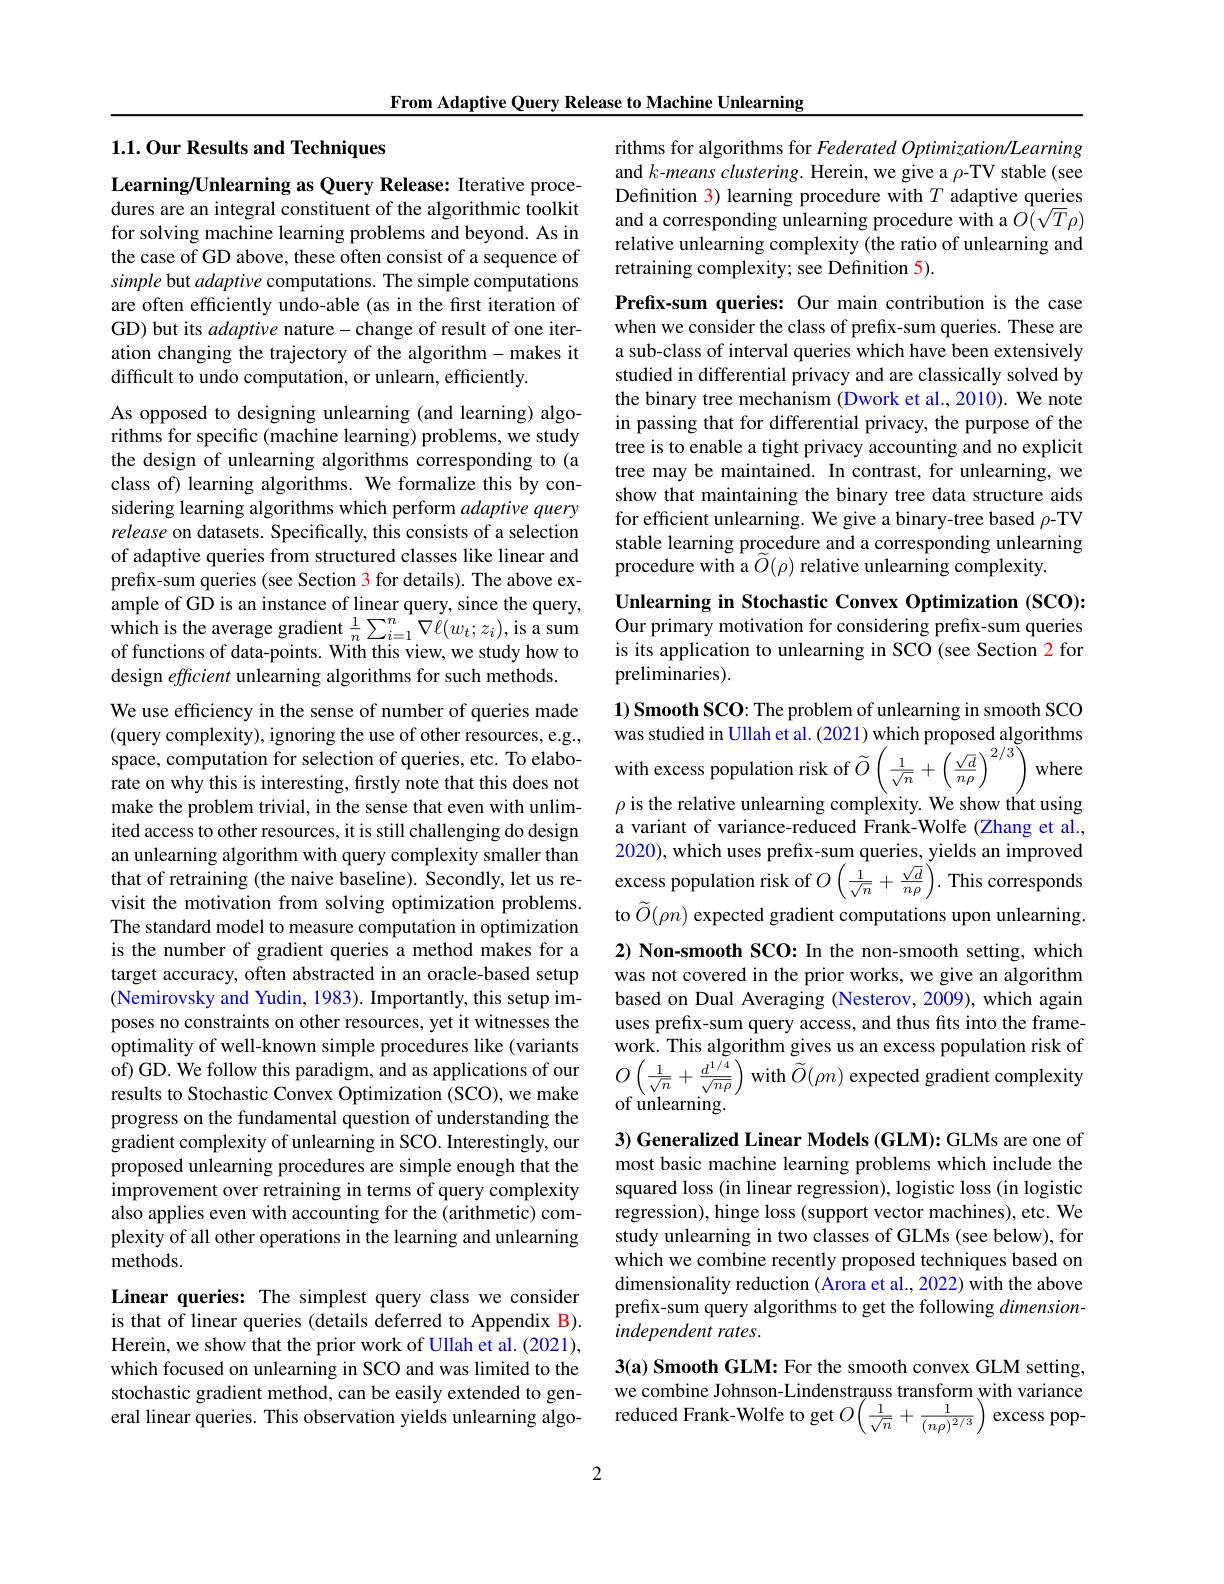
From Adaptive Query Release to Machine Unlearning

## 1.1. Our Results and Techniques

Learning/Unlearning as Query Release: Iterative procedures are an integral constituent of the algorithmic toolkit for solving machine learning problems and beyond. As in the case of GD above, these often consist of a sequence of simple but adaptive computations. The simple computations are often efficiently undo-able (as in the first iteration of GD) but its adaptive nature- change of result of one iteration changing the trajectory of the algorithm- makes it difficult to undo computation, or unlearn, efficiently.

As opposed to designing unlearning (and learning) algorithms for specific (machine learning) problems, we study the design of unlearning algorithms corresponding to (a class of) learning algorithms. We formalize this by considering learning algorithms which perform adaptive query release on datasets. Specifically, this consists of a selection of adaptive queries from structured classes like linear and prefix-sum queries (see Section 3 for details). The above example of GD is an instance of linear query, since the query, which is the average gradient $\frac1n\sum_{i=1}^{n}\nabla\ell(w_{t};z_{i})$,is a sum of functions of data-points. With this view, we study how to design efficient unlearning algorithms for such methods.
We use efficiency in the sense of number of queries made
make the problem trivial, in the sense that even with unlimited access to other resources, it is still challenging do design an unlearning algorithm with query complexity smaller than ant unleanng aigollmin whu quely coniplexnty sinlale tuan 200, wincinen preco, onin qucice, onin qucice, ontiprove that of retraining (the naive baseline). Secondly, let us re- excess population risk of $O\left(\frac1{\sqrt{n}}+\frac{\sqrt{d}}{n\rho}\right).$ This corresponds
visit the motivation from solving optimization problems. The standard model to measure computation in optimization is the number of gradient queries a method makes for a target accuracy, often abstracted in an oracle-based setup (Nemirovsky and Yudin, 1983). Importantly, this setup imposes no constraints on other resources, yet it witnesses the optimality of well-known simple procedures ilke (variants work. This algorithm gives us an excess population risk of of GD. We follow this paradigm, and as applications of our $O\left(\frac1{\sqrt{n}}+\frac{d^{1/4}}{\sqrt{n\rho}}\right)$ with $\widetilde{O}(\rho n)$ expected gradient complex
progress on the fundamental question of understanding the gradient complexity of unlearning in SCO. Interestingly, our proposed unlearning procedures are simple enough that the improvement over retraining in terms of query complexity also applies even with accounting for the (arithmetic) complexity of all other operations in the learning and unlearning methods.
Linear queries: The simplest query class we consider is that of linear queries (details deferred to Appendix B). Herein, we show that the prior work of Ullah et al. (2021), which focused on unlearning in SCO and was limited to the stochastic gradient method, can be easily extended to gen-

2

rithms for algorithms for Federated Optimization/Learning and k-means clustering. Herein, we give a $\rho$-TV stable (see Definition 3) learning procedure with $T$ adaptive queries and a corresponding unlearning procedure with a $O(\sqrt T\rho)$ relative unlearning complexity (the ratio of unlearning and retraining complexity; see Definition 5)

Prefix-sum queries: Our main contribution is the case when we consider the class of prefix-sum queries. These are a sub-class of interval queries which have been extensively studied in differential privacy and are classically solved by the binary tree mechanism (Dwork et al., 2010). We note in passing that for differential privacy, the purpose of the tree is to enable a tight privacy accounting and no explicit tree may be maintained. In contrast, for unlearning, we show that maintaining the binary tree data structure aids for efficient unlearning. We give a binary-tree based $\rho$-TV stable learning procedure and a corresponding unlearning procedure with a $\widetilde{O}(\rho)$ relative unlearning complexity.

Unlearning in Stochastic Convex Optimization (SCO): Our primary motivation for considering prefix-sum queries is its application to unlearning in SCO (see Section 2 for preliminaries).

1) Smooth SCO: The problem of unlearning in smooth SCO $\rho$ is the relative unlearning complexity. We show that using a variant of variance-reduced Frank-Wolfe (Zhang et al., 2020), which uses prefix-sum queries, yields an improved to $\widetilde O(\rho n)$ expected gradient computations upon unlearning. 2) Non-smooth SCO: In the non-smooth setting, which was not covered in the prior works, we give an algorithm based on Dual Averaging (Nesterov, 2009), which again uses prefix-sum query access, and thus fits into the frame- 3) Generalized Linear Models (GLM): GLMs are one of most basic machine learning problems which include the squared loss (in linear regression), logistic loss (in logistic regression), hinge loss (support vector machines), etc. We study unlearning in two classes of GLMs (see below), for which we combine recently proposed techniques based on dimensionality reduction (Arora et al., 2022) with the above prefix-sum query algorithms to get the following dimensionindependent rates.
3(a) Smooth GLM: For the smooth convex GLM setting, we combine Johnson-Lindenstrauss transform with variance
socinate gratentinentemoce casiy chencu o geni eral linear queries. This observation yields unlearning algo- reduced Frank-Wolfe to get $O\left(\frac1{\sqrt{n}}+\frac1{(n\rho)^{2/3}}\right)$ excess pop-